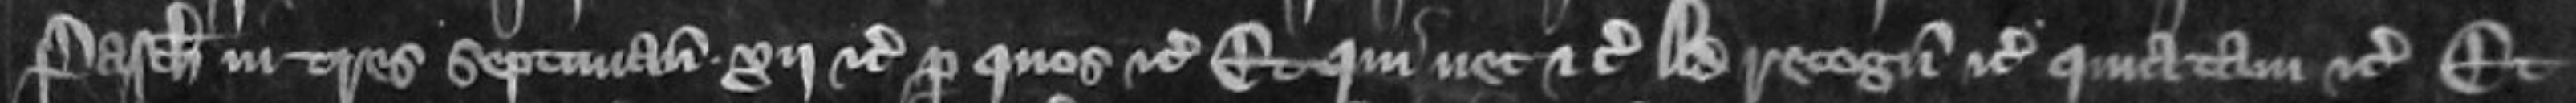
Pasche in tres septimanas xij etc per quos etc Et qui nec etc ad recognoscendum etc Quia tam etc Et